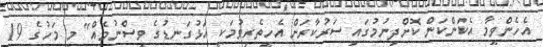
އެހެންވީމާ އެކަންކަން ކޮށްދިނުމުގައި ސަރުކާރަށް އެހީތެރިވުމަކީ އަޅުގަނޑުގެ ވިސްނުމެއް" މި މަހުގެ 19